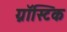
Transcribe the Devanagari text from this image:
ग्नॉस्टिक